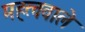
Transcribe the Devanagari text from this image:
महत्ववाले